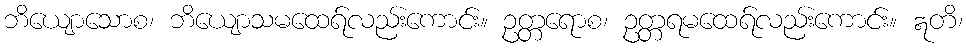
ဘိယျောသောစ၊ ဘိယျောသမထေရ်လည်းကောင်း။ ဥတ္တရောစ၊ ဥတ္တရမထေရ်လည်းကောင်း။ ဣတိ၊